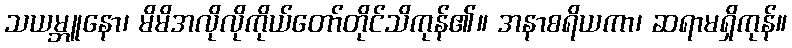
သယမ္ဘူနော၊ မိမိအလိုလိုကိုယ်တော်တိုင်သိကုန်၏။ အနာစရိယကာ၊ ဆရာမရှိကုန်။